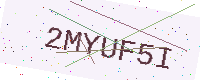
Text: 2MYUF5I